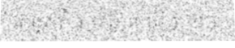
ដូច្នេះរឿងខ្លះពិបាកនឹងអោយ